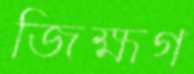
জিহ্মগ